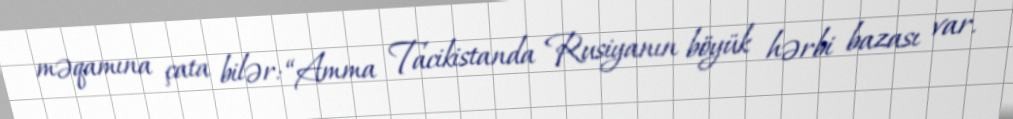
məqamına çata bilər: “Amma Tacikistanda Rusiyanın böyük hərbi bazası var.